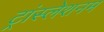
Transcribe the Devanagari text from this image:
ट्रांस्लेशनम